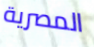
المصرية